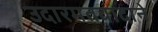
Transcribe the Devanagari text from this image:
उदारमतवादाने